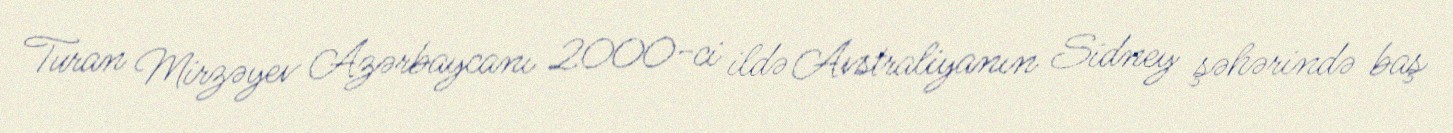
Turan Mirzəyev Azərbaycanı 2000-ci ildə Avstraliyanın Sidney şəhərində baş